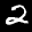
Label: 2